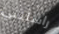
راسلتني